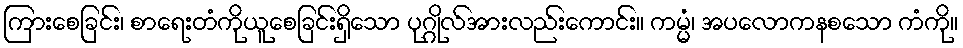
ကြားစေခြင်း၊ စာရေးတံကိုယူစေခြင်းရှိသော ပုဂ္ဂိုလ်အားလည်းကောင်း။ ကမ္မံ၊ အပလောကနစသော ကံကို။